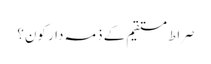
صراط مستقیم کے ذمہ دار کون؟